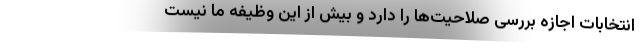
انتخابات اجازه بررسی صلاحیت‌ها را دارد و بیش از این وظیفه ما نیست